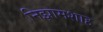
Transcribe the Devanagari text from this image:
निझामशाह